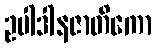
ဥပါဒါနဇာတိကော